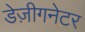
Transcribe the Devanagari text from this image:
डेज़ीगनेटर